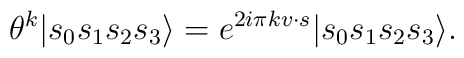
\theta^k|s_0s_1s_2s_3\rangle = e^{2i\pi kv\cdot s}|s_0s_1s_2s_3\rangle.